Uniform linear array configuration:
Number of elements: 24
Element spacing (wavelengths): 0.75
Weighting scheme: exponential
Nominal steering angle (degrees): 30
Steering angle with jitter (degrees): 28.848
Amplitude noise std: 0.05
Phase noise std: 0.05

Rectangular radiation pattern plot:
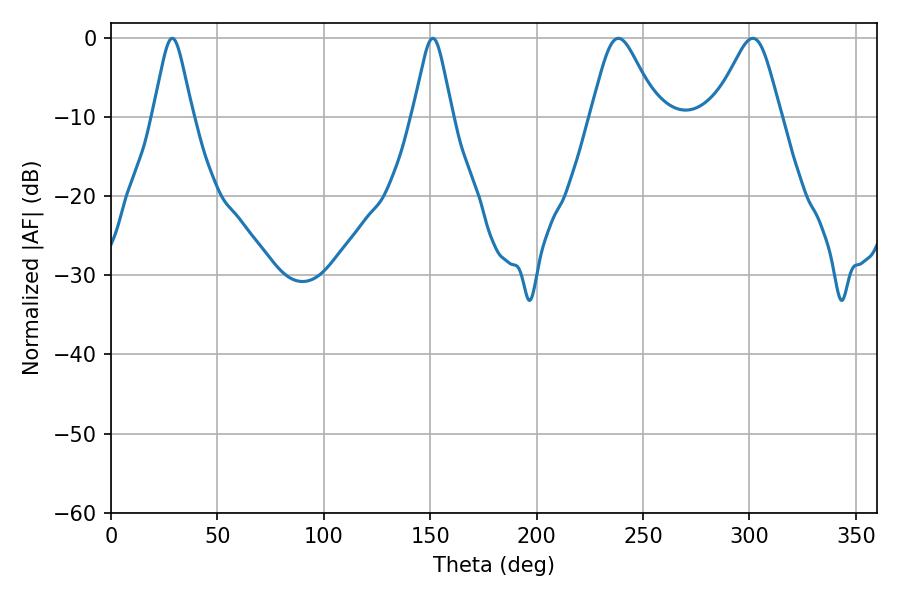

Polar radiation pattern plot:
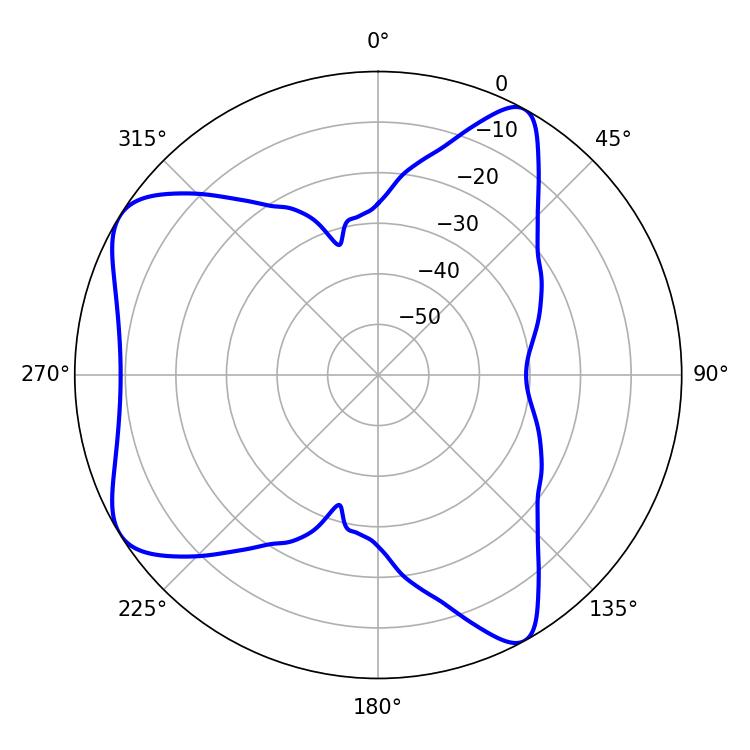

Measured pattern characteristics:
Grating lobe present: TRUE
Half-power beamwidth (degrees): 8.82
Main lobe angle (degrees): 28.8